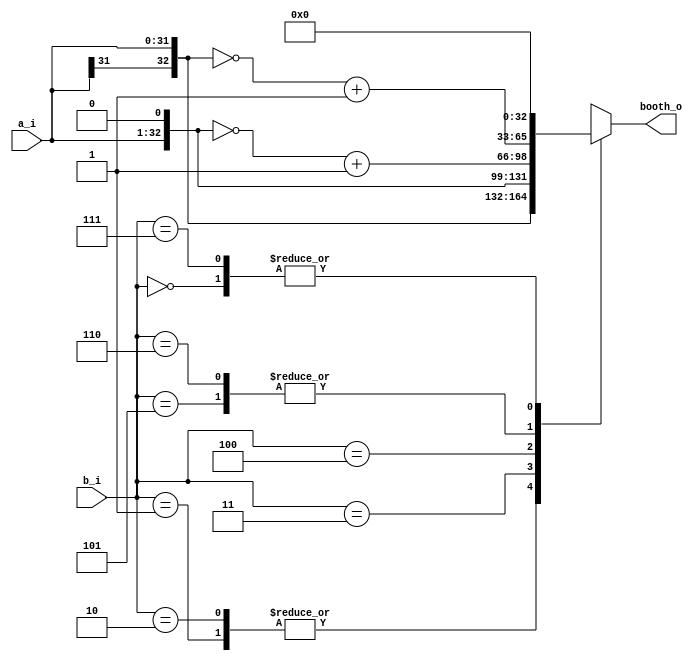
module booth4code_gold (
    a_i,b_i,booth_o
);
    parameter length = 32;
    input      [length-1 : 0]  a_i;         //full 128-bit input
    input      [2:0]           b_i;         //3 of 128 bit input
    output reg [length   : 0]  booth_o;     //booth output

always @(*) begin
    case(b_i)
        3'b000 : booth_o = 0;
        3'b001 : booth_o = { a_i[length-1], a_i};
        3'b010 : booth_o = { a_i[length-1], a_i};
        3'b011 : booth_o =   a_i<<1;
        3'b100 : booth_o = ~(a_i<<1) + 1'b1;
        3'b101 : booth_o = ~{a_i[length-1],a_i} + 1'b1 ;
        3'b110 : booth_o = ~{a_i[length-1],a_i} + 1'b1 ;
        3'b111 : booth_o = 0;
        default: booth_o = 0;
    endcase
end



endmodule